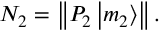
N _ { 2 } = \left\| P _ { 2 } \left| m _ { 2 } \right\rangle \right\| .